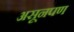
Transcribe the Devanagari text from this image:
असूनपण